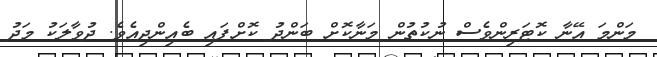
މަންމަ އޭނާ ކޮޓަރިންވެސް ނުކުތުން މަނާކޮށް ބަންދު ކޮށްފައި ބެއިންދިއެވެ. ދުވާލަކު މަދު